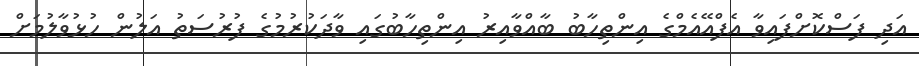
އަދި ފަސްކޮށްފައިވާ އެފްއޭއެމްގެ އިންތިހާބު ބާއްވާއިރު އިންތިހާބުގައި ވާދަކުރުމުގެ ފުރުސަތު އަލުން ހުޅުވާލުމަށް